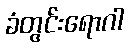
ခံတွင်းရောဂါ